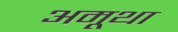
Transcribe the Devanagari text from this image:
अमूथा